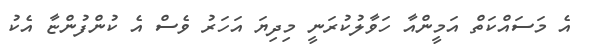
އެ މަސައްކަތް އަމީންއާ ހަވާލުކުރަނީ މިދިޔަ އަހަރު ވެސް އެ ކުންފުންޏާ އެކު